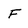
Character: F